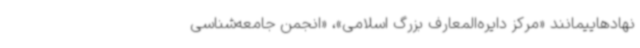
نهادهاییمانند «مرکز دایره‌المعارف بزرگ اسلامی»، «انجمن جامعه‌شناسی